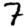
Digit: 7